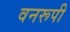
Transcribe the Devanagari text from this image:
वनरूपी